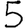
Digit: 5